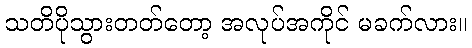
သတိပိုသွားတတ်တော့ အလုပ်အကိုင် မခက်လား။